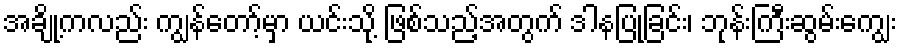
အချို့ကလည်း ကျွန်တော့်မှာ ယင်းသို့ ဖြစ်သည့်အတွက် ဒါနပြုခြင်း၊ ဘုန်းကြီးဆွမ်းကျွေး